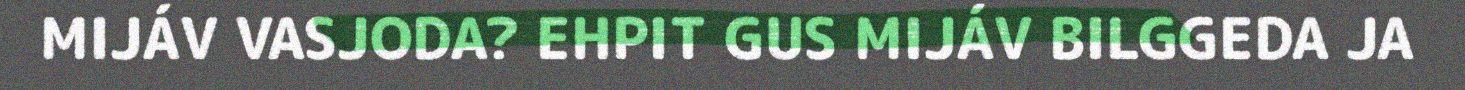
MIJÁV VASJODA? EHPIT GUS MIJÁV BILGGEDA JA